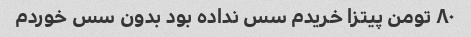
۸۰ تومن پیتزا خریدم سس نداده بود بدون سس خوردم